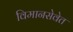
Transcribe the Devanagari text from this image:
विमानसेवेत